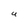
Character: U